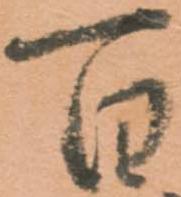
百